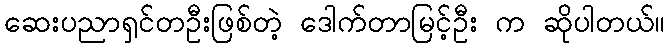
ဆေးပညာရှင်တဦးဖြစ်တဲ့ ဒေါက်တာမြင့်ဦး က ဆိုပါတယ်။